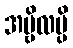
အမ္ဗိလမ္ပိ